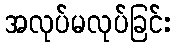
အလုပ်မလုပ်ခြင်း